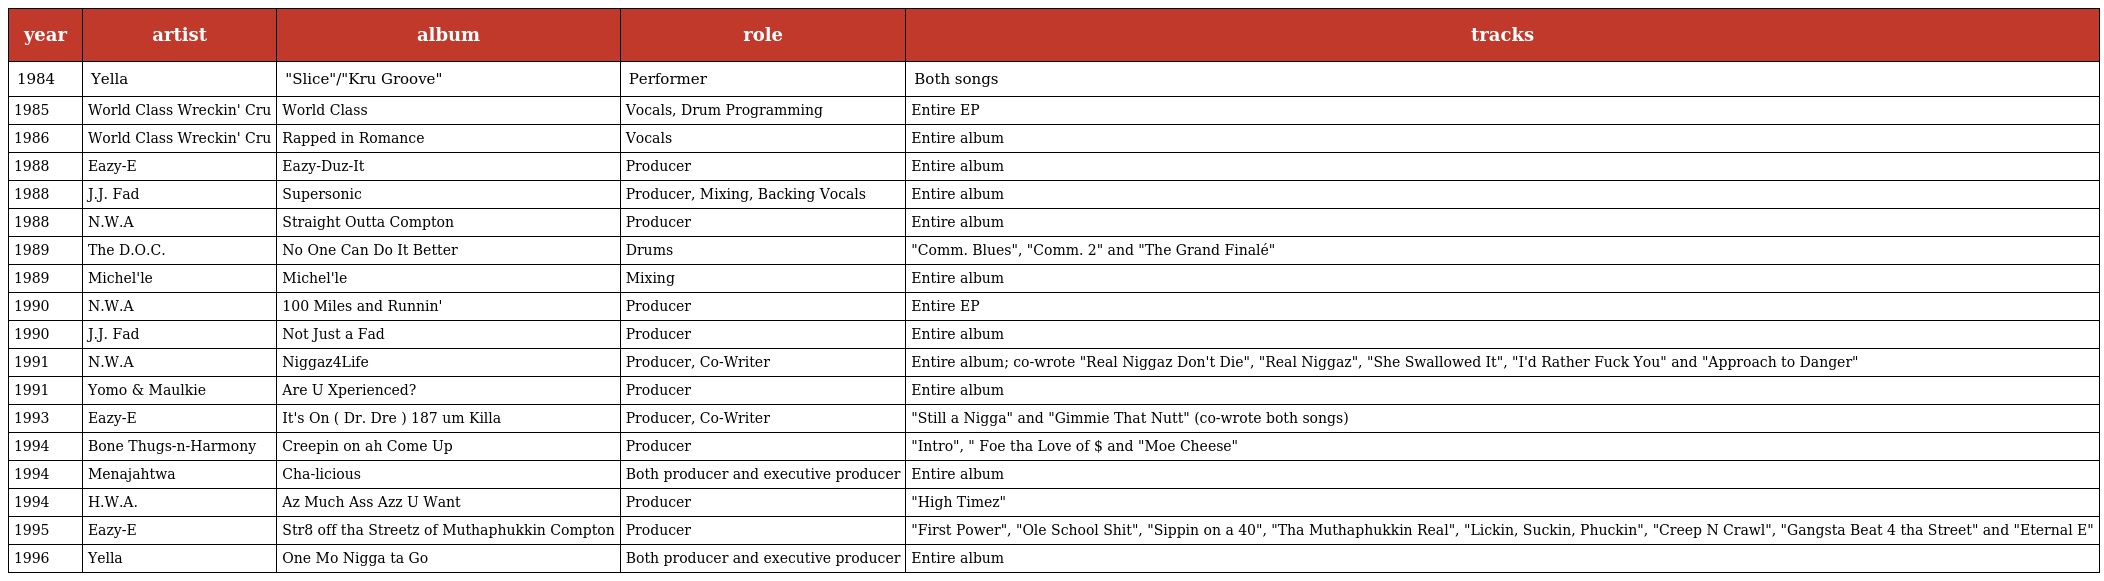
| year | artist | album | role | tracks |
 | --- | --- | --- | --- | --- |
 | 1984 | Yella | "Slice"/"Kru Groove" | Performer | Both songs |
 | 1985 | World Class Wreckin' Cru | World Class | Vocals, Drum Programming | Entire EP |
 | 1986 | World Class Wreckin' Cru | Rapped in Romance | Vocals | Entire album |
 | 1988 | Eazy-E | Eazy-Duz-It | Producer | Entire album |
 | 1988 | J.J. Fad | Supersonic | Producer, Mixing, Backing Vocals | Entire album |
 | 1988 | N.W.A | Straight Outta Compton | Producer | Entire album |
 | 1989 | The D.O.C. | No One Can Do It Better | Drums | "Comm. Blues", "Comm. 2" and "The Grand Finalé" |
 | 1989 | Michel'le | Michel'le | Mixing | Entire album |
 | 1990 | N.W.A | 100 Miles and Runnin' | Producer | Entire EP |
 | 1990 | J.J. Fad | Not Just a Fad | Producer | Entire album |
 | 1991 | N.W.A | Niggaz4Life | Producer, Co-Writer | Entire album; co-wrote "Real Niggaz Don't Die", "Real Niggaz", "She Swallowed It", "I'd Rather Fuck You" and "Approach to Danger" |
 | 1991 | Yomo & Maulkie | Are U Xperienced? | Producer | Entire album |
 | 1993 | Eazy-E | It's On ( Dr. Dre ) 187 um Killa | Producer, Co-Writer | "Still a Nigga" and "Gimmie That Nutt" (co-wrote both songs) |
 | 1994 | Bone Thugs-n-Harmony | Creepin on ah Come Up | Producer | "Intro", " Foe tha Love of $ and "Moe Cheese" |
 | 1994 | Menajahtwa | Cha-licious | Both producer and executive producer | Entire album |
 | 1994 | H.W.A. | Az Much Ass Azz U Want | Producer | "High Timez" |
 | 1995 | Eazy-E | Str8 off tha Streetz of Muthaphukkin Compton | Producer | "First Power", "Ole School Shit", "Sippin on a 40", "Tha Muthaphukkin Real", "Lickin, Suckin, Phuckin", "Creep N Crawl", "Gangsta Beat 4 tha Street" and "Eternal E" |
 | 1996 | Yella | One Mo Nigga ta Go | Both producer and executive producer | Entire album |